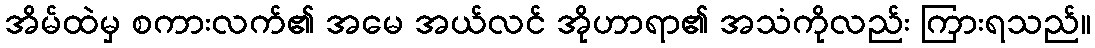
အိမ်ထဲမှ စကားလက်၏ အမေ အယ်လင် အိုဟာရာ၏ အသံကိုလည်း ကြားရသည်။